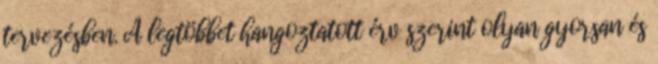
tervezésben. A legtöbbet hangoztatott érv szerint olyan gyorsan és